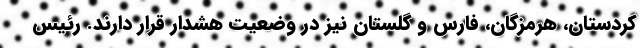
کردستان، هرمزگان، فارس و گلستان نیز در وضعیت هشدار قرار دارند. رئیس